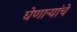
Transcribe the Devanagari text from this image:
घेणाऱ्यांचे